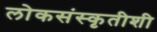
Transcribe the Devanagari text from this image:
लोकसंस्कृतीशी